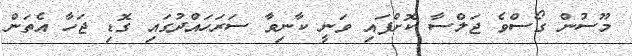
މޫސުން ގޯސްވެ ޖަލްސާ ކޮށްފައި ވަނީ ކާނިވާ ސަރަހައްދުގައި ގޮޑި ޖަހާ އެތަން